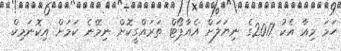
ހަމަ މިއާ އެކު 2017ގެ ނިޔަލަށް އެއާޕޯޓް ތަރައްގީކޮށް ނިމޭނެ ކަމަށް އިކޮނަމިކް